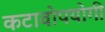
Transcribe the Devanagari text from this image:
कटावोपयोगी